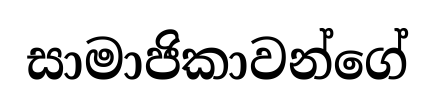
සාමාජිකාවන්ගේ